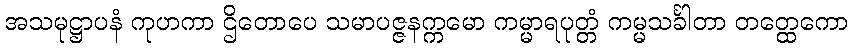
အသမုဋ္ဌာပနံ ကုဟကာ ဌိတောပေ သမာပဇ္ဇနက္ကမော ကမ္မာရပုတ္တံ ကမ္မသင်္ခါတာ တတ္ထေကော